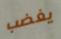
يغضب